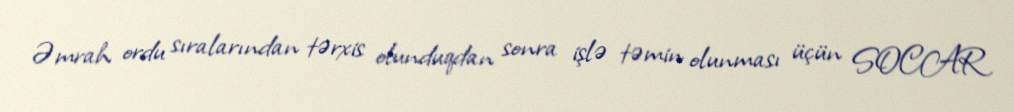
Əmrah ordu sıralarından tərxis olunduqdan sonra işlə təmin olunması üçün SOCAR